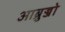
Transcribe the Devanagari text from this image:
आब्रुज्जो